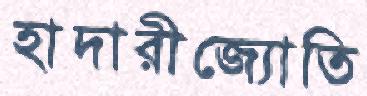
হাদারীজ্যোতি